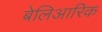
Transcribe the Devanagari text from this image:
बेलिआरिक